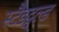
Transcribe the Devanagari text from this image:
स्टैडट्वल्ड